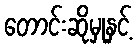
တောင်းဆိုမှုနှင့်